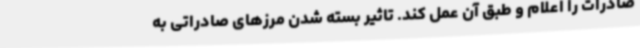
صادرات را اعلام و طبق آن عمل کند. تاثیر بسته شدن مرزهای صادراتی به